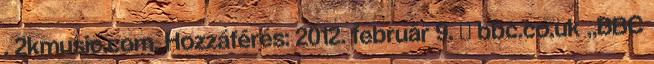
. 2kmusic.com. Hozzáférés: 2012. február 9. ↑ bbc.co.uk „BBC